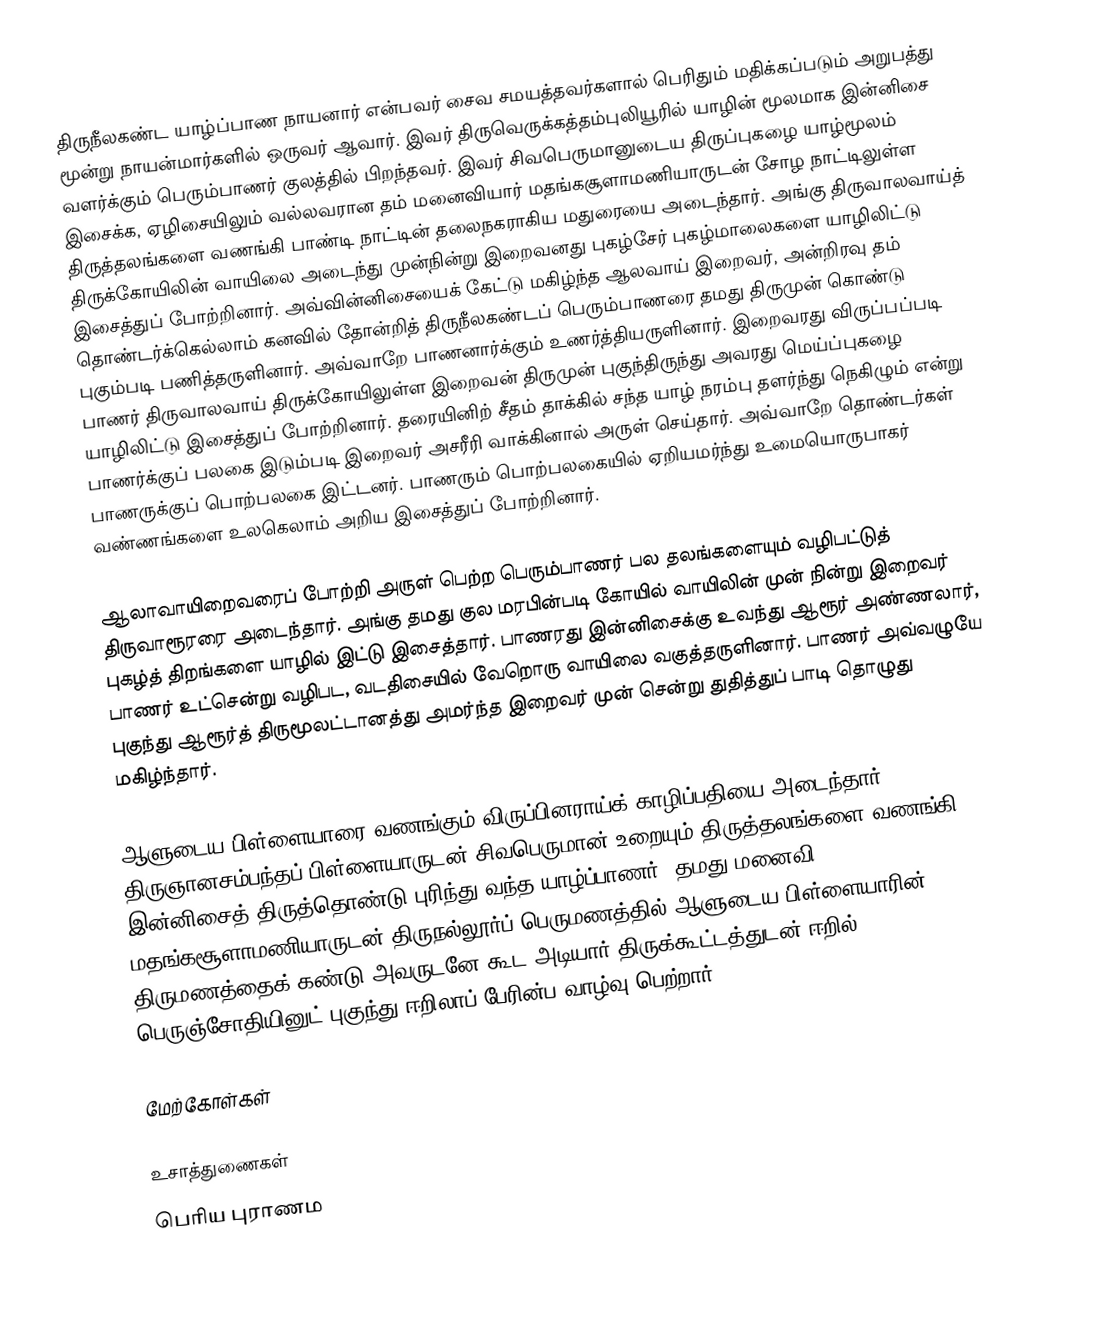
திருநீலகண்ட யாழ்ப்பாண நாயனார் என்பவர் சைவ சமயத்தவர்களால் பெரிதும் மதிக்கப்படும் அறுபத்து மூன்று நாயன்மார்களில் ஒருவர் ஆவார். இவர் திருவெருக்கத்தம்புலியூரில் யாழின் மூலமாக இன்னிசை வளர்க்கும் பெரும்பாணர் குலத்தில் பிறந்தவர். இவர் சிவபெருமானுடைய திருப்புகழை யாழ்மூலம் இசைக்க, ஏழிசையிலும் வல்லவரான தம் மனைவியார் மதங்கசூளாமணியாருடன் சோழ நாட்டிலுள்ள திருத்தலங்களை வணங்கி பாண்டி நாட்டின் தலைநகராகிய மதுரையை அடைந்தார். அங்கு திருவாலவாய்த் திருக்கோயிலின் வாயிலை அடைந்து முன்நின்று இறைவனது புகழ்சேர் புகழ்மாலைகளை யாழிலிட்டு இசைத்துப் போற்றினார். அவ்வின்னிசையைக் கேட்டு மகிழ்ந்த ஆலவாய் இறைவர், அன்றிரவு தம் தொண்டர்க்கெல்லாம் கனவில் தோன்றித் திருநீலகண்டப் பெரும்பாணரை தமது திருமுன் கொண்டு புகும்படி பணித்தருளினார். அவ்வாறே பாணனார்க்கும் உணர்த்தியருளினார். இறைவரது விருப்பப்படி பாணர் திருவாலவாய் திருக்கோயிலுள்ள இறைவன் திருமுன் புகுந்திருந்து அவரது மெய்ப்புகழை யாழிலிட்டு இசைத்துப் போற்றினார். தரையினிற் சீதம் தாக்கில் சந்த யாழ் நரம்பு தளர்ந்து நெகிழும் என்று பாணர்க்குப் பலகை இடும்படி இறைவர் அசரீரி வாக்கினால் அருள் செய்தார். அவ்வாறே தொண்டர்கள் பாணருக்குப் பொற்பலகை இட்டனர். பாணரும் பொற்பலகையில் ஏறியமர்ந்து உமையொருபாகர் வண்ணங்களை உலகெலாம் அறிய இசைத்துப் போற்றினார்.

ஆலாவாயிறைவரைப் போற்றி அருள் பெற்ற பெரும்பாணர் பல தலங்களையும் வழிபட்டுத் திருவாரூரரை அடைந்தார். அங்கு தமது குல மரபின்படி கோயில் வாயிலின் முன் நின்று இறைவர் புகழ்த் திறங்களை யாழில் இட்டு இசைத்தார். பாணரது இன்னிசைக்கு உவந்து ஆரூர் அண்ணலார், பாணர் உட்சென்று வழிபட, வடதிசையில் வேறொரு வாயிலை வகுத்தருளினார். பாணர் அவ்வழுயே புகுந்து ஆரூர்த் திருமூலட்டானத்து அமர்ந்த இறைவர் முன் சென்று துதித்துப் பாடி தொழுது மகிழ்ந்தார்.

ஆளுடைய பிள்ளையாரை வணங்கும் விருப்பினராய்க் காழிப்பதியை அடைந்தார். திருஞானசம்பந்தப் பிள்ளையாருடன் சிவபெருமான் உறையும் திருத்தலங்களை வணங்கி இன்னிசைத் திருத்தொண்டு புரிந்து வந்த யாழ்ப்பாணர், தமது மனைவி மதங்கசூளாமணியாருடன் திருநல்லூர்ப் பெருமணத்தில் ஆளுடைய பிள்ளையாரின் திருமணத்தைக் கண்டு அவருடனே கூட அடியார் திருக்கூட்டத்துடன் ஈறில் பெருஞ்சோதியினுட் புகுந்து ஈறிலாப் பேரின்ப வாழ்வு பெற்றார்.

மேற்கோள்கள்

உசாத்துணைகள்
பெரிய புராணம